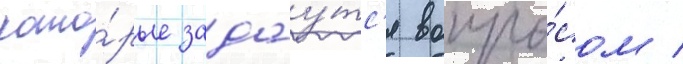
кото́рые задау́тс'я вопро́сом /